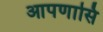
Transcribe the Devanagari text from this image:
आपणासि